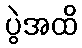
ပွဲအထိ